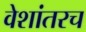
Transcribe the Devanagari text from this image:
वेशांतरच